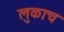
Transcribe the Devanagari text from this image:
लुकाच